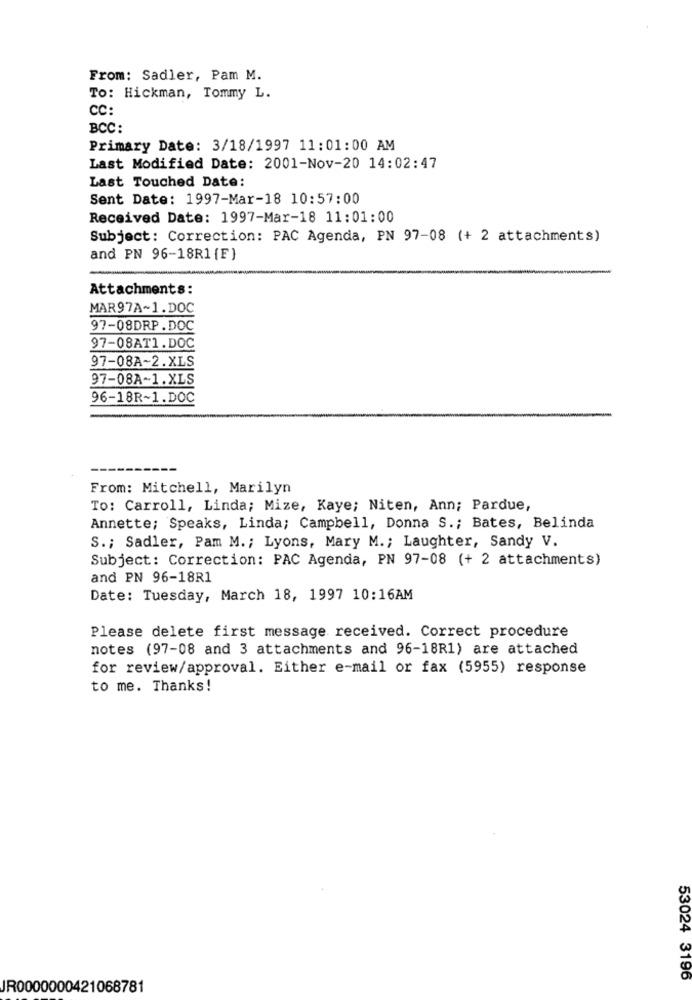
From: Sadler, Pam M.
To: Hickman, Tommy L.
CC
BCC:
Primary Date: 3/18/1997 11:01:00 AM
Last Modified Date: 2001-Nov-20 14:02:47
Last Touched Date:
Sent Date: 1997-Mar-18 10:57:00
Received Date: 1997-Mar-18 11:01:00
Subject: Correction: PAC Agenda, PN 97-08 (+ 2 attachments)
and PN 96-18R1 {F}
Attachments:
MAR97A~1.DOC
97-08DRP.DOC
97-08AT1.DOC
97-08A~2.XLS
97-08A~1.XLS
96-18R~1.DOC
From: Mitchell, Marilyn
To: Carroll, Linda; Mize, Kaye; Niten, Ann; Pardue,
Annette; Speaks, Linda; Campbell, Donna S .; Bates, Belinda
S .; Sadler, Pam M .; Lyons, Mary M .; Laughter, Sandy V.
Subject: Correction: PAC Agenda, PN 97-08 (+ 2 attachments)
and PN 96-18R1
Date: Tuesday, March 18, 1997 10:16AM
Please delete first message received. Correct procedure
notes (97-08 and 3 attachments and 96-18R1) are attached
for review/approval. Either e-mail or fax (5955) response
to me. Thanks!
53024 3196
JR0000000421068781